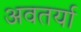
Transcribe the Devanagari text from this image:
अवतर्या